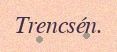
Trencsén.